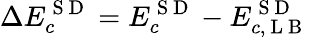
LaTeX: \Delta E_{c}^{\mathrm{~S~D~}}=E_{c}^{\mathrm{~S~D~}}-E_{c,\mathrm{~L~B~}}^{\mathrm{~S~D~}}